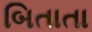
બિતાતા